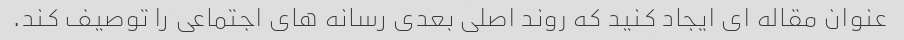
عنوان مقاله ای ایجاد کنید که روند اصلی بعدی رسانه های اجتماعی را توصیف کند.